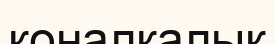
қоналқалық